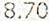
8.70